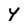
Character: Y